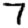
Digit: 7